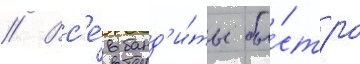
// Вс'е́ банд'и́ты бы́стро